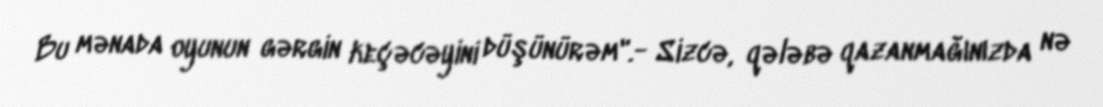
Bu mənada oyunun gərgin keçəcəyini düşünürəm".- Sizcə, qələbə qazanmağınızda nə